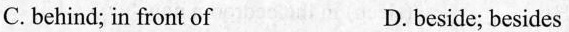
C.behind; in front of D.beside; besides